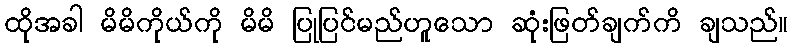
ထိုအခါ မိမိကိုယ်ကို မိမိ ပြုပြင်မည်ဟူသော ဆုံးဖြတ်ချက်ကိ ချသည်။